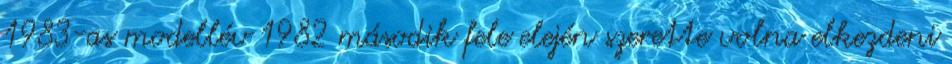
1983-as modellév 1982 második fele elején szerette volna elkezdeni